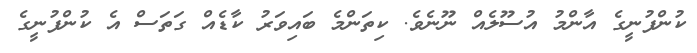
ކުންފުނީގެ އާންމު އުސޫލެއް ނޫނެވެ. ކިތަންމެ ބައިވަރު ކާޑެއް ގަތަސް އެ ކުންފުނީގެ